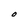
Character: O